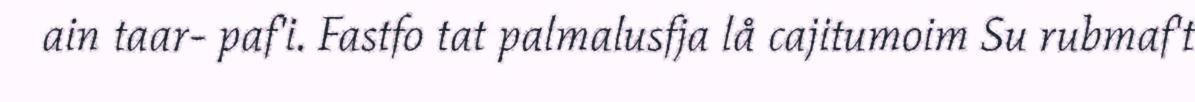
ain taar- paf'i. Fastfo tat palmalusfja lå cajitumoim Su rubmaf't